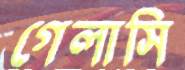
গেলাসি